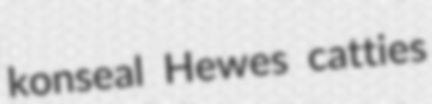
konseal Hewes catties